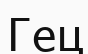
Гец